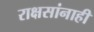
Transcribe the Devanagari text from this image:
राक्षसांनाही